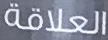
العلاقة